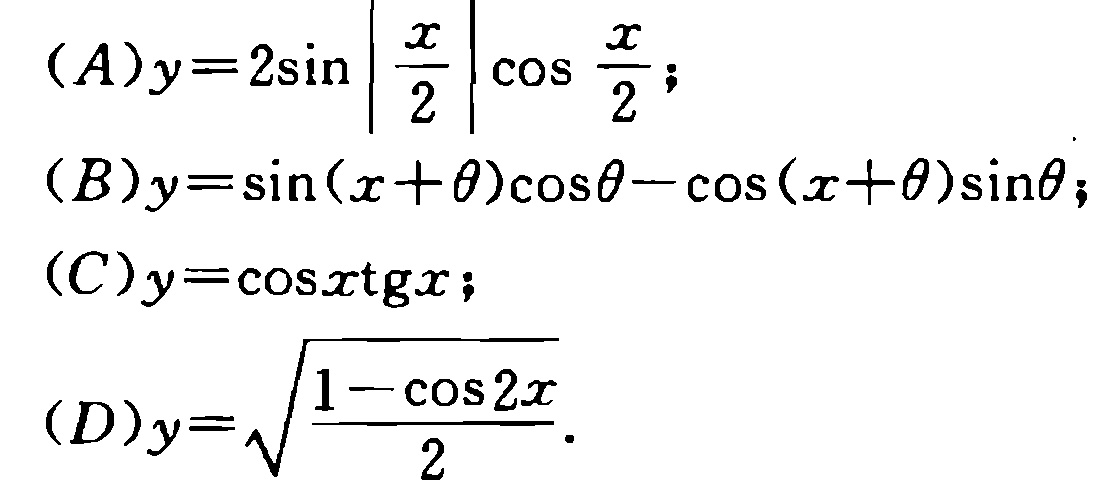
(A)$y = 2\sin\left|\frac{x}{2}\right|\cos\frac{x}{2}$;

(B)$y=\sin(x + \theta)\cos\theta-\cos(x + \theta)\sin\theta$;

(C)$y = \cos x\operatorname{tg}x$;

(D)$y=\sqrt{\frac{1-\cos2x}{2}}$.